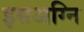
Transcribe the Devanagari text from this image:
इसअग्नि